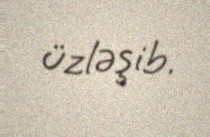
üzləşib.